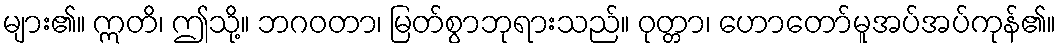
များ၏။ ဣတိ၊ ဤသို့။ ဘဂဝတာ၊ မြတ်စွာဘုရားသည်။ ဝုတ္တာ၊ ဟောတော်မူအပ်အပ်ကုန်၏။